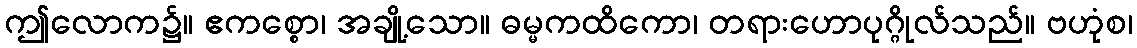
ဤလောက၌။ ဧကစ္စော၊ အချို့သော။ ဓမ္မကထိကော၊ တရားဟောပုဂ္ဂိုလ်သည်။ ဗဟုံစ၊